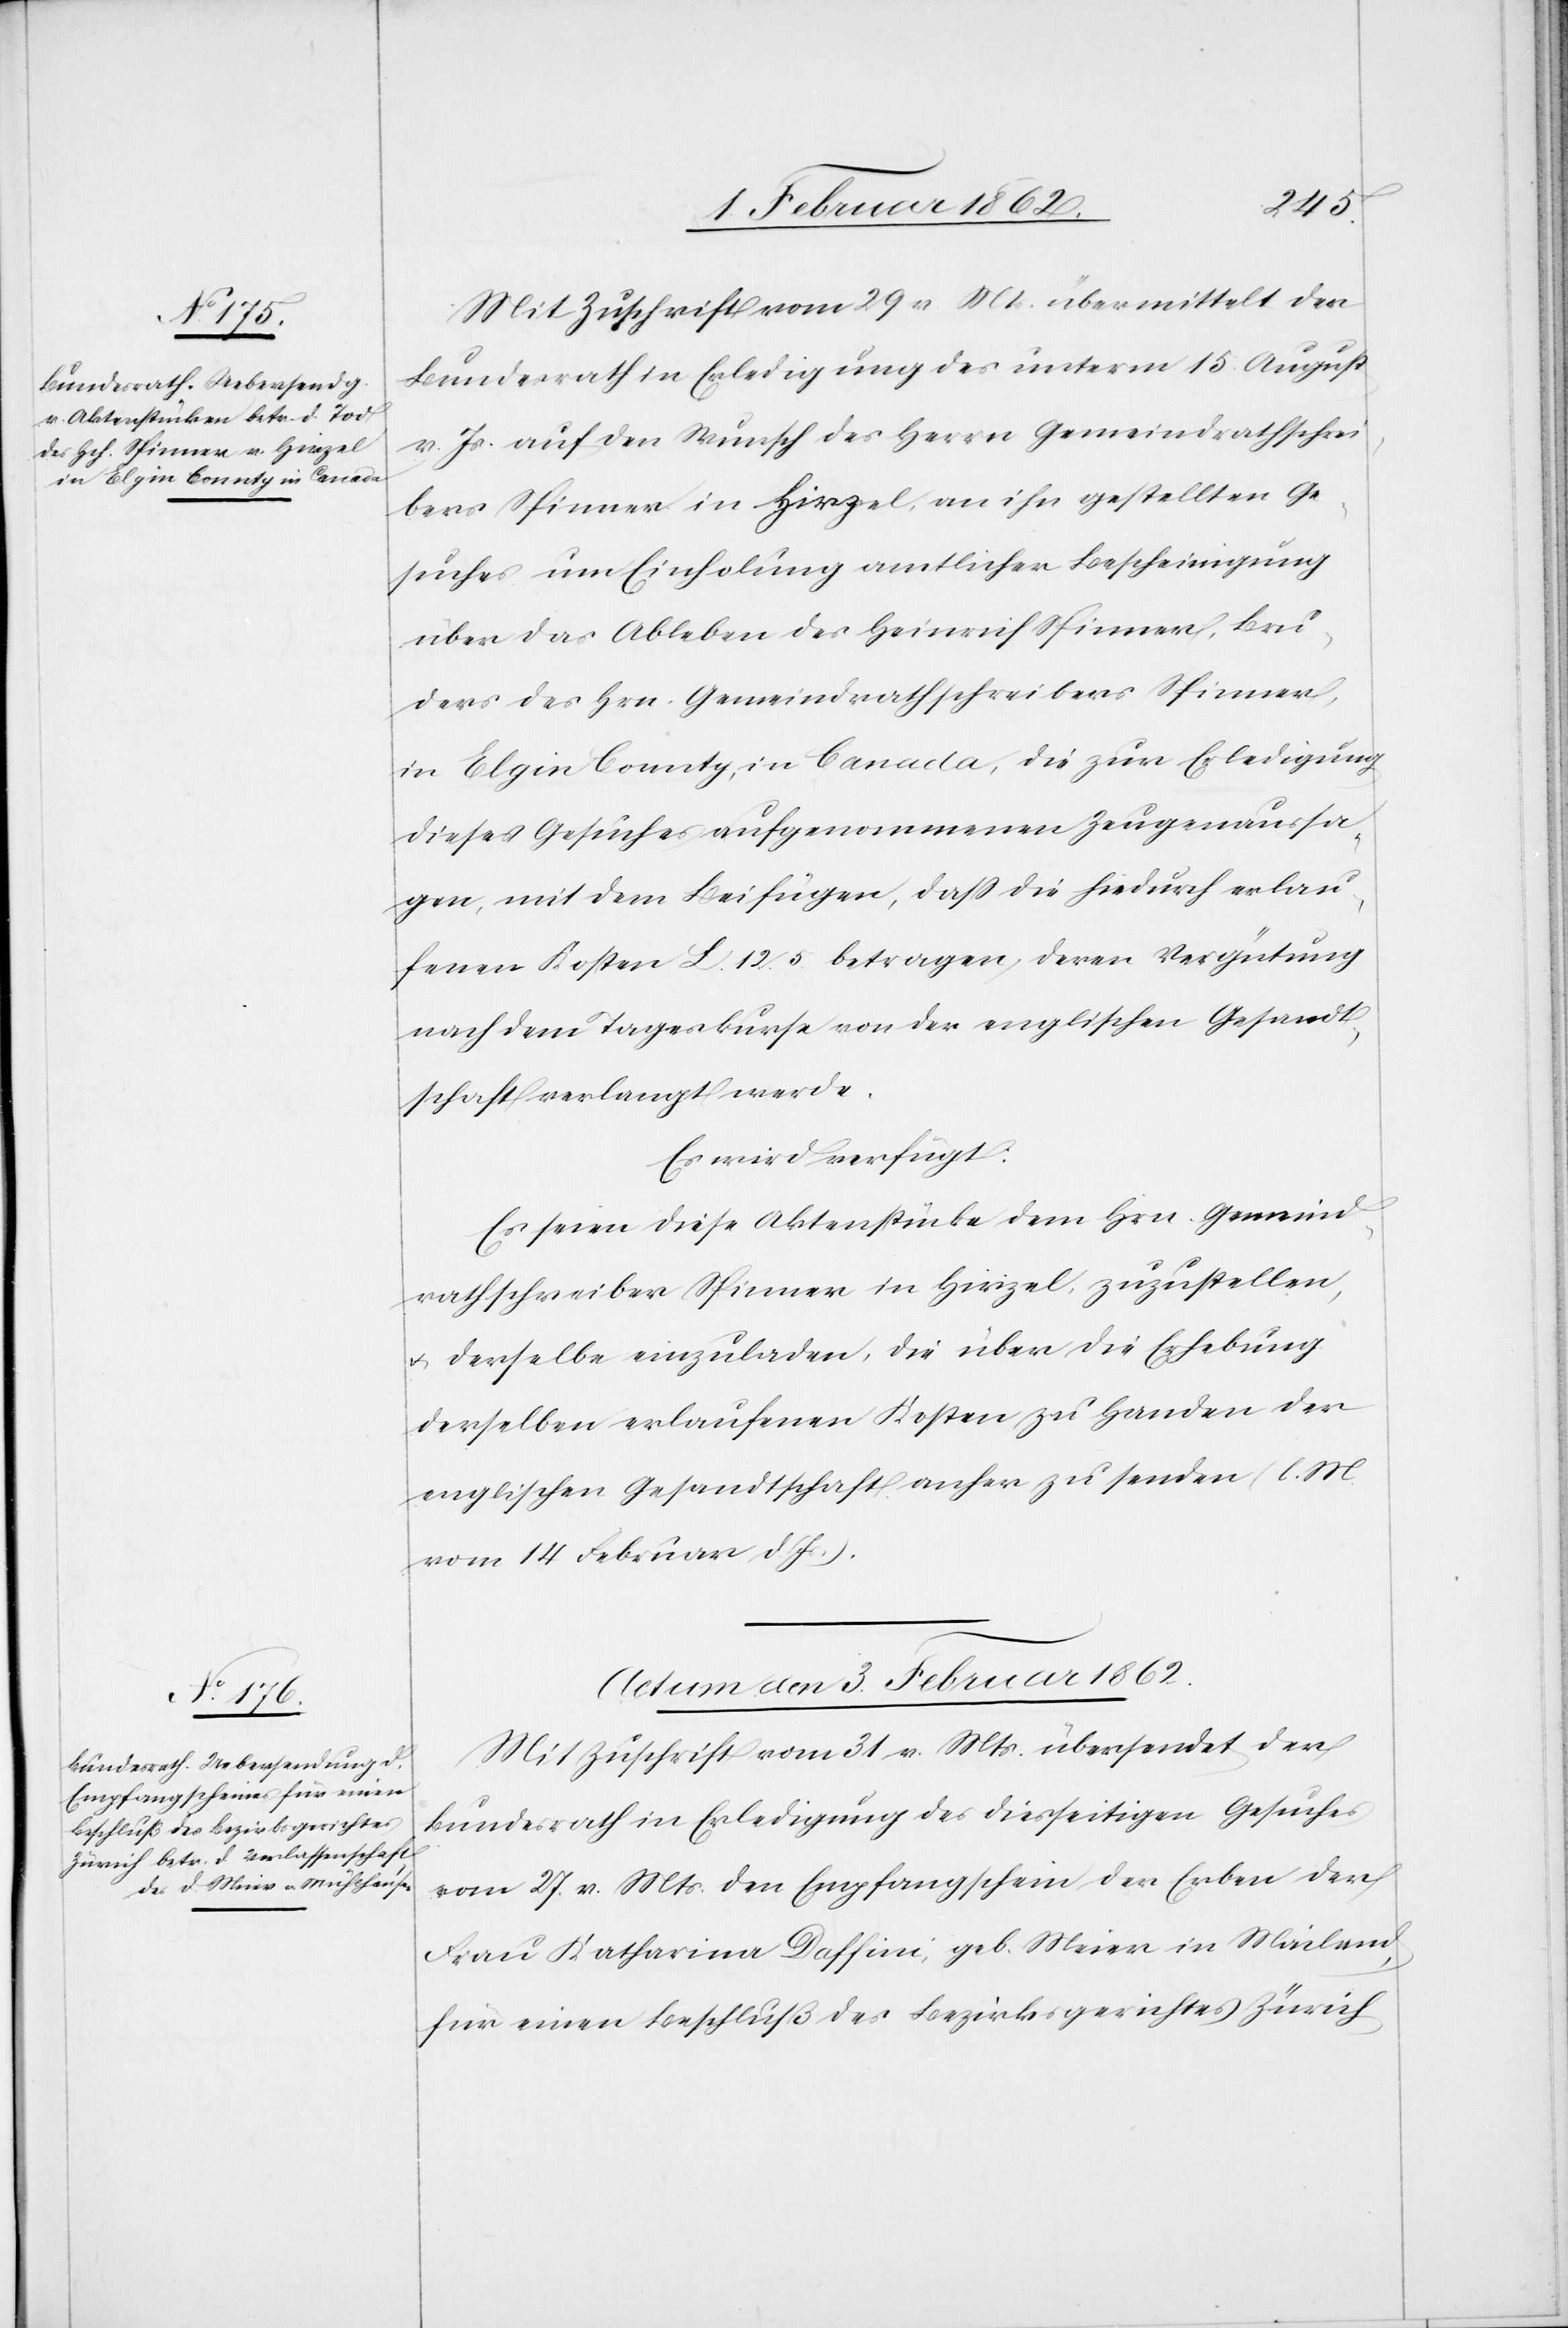
Mit Zuschrift vom 29 v Mts. übermittelt der
Bundesrath in Erledigung des unterm 15. August
v. Js. auf den Wunsch des Herrn Gemeindrathschrei¬
bers Spinner in Hirzel, an ihn gestellten Ge¬
suches um Einholung amtlicher Bescheinigung
über das Ableben des Heinrich Spinner, Bru¬
ders des Hrn. Gemeindrathschreibers Spinner,
in Elgin County, Canada, die zur Erledigung
dieses Gesuches aufgenommenen Zeugenaussa¬
gen, mit dem Beifügen, daß die hiedurch erlau¬
fenen Kosten L. 12. 5. betragen, deren Vergütung
nach dem Tageskurse von der englischen Gesandt¬
schaft verlangt werde.
Es wird verfügt:
Es seien diese Aktenstücke dem Hrn. Gemeind¬
rathschreiber Spinner in Hirzel zuzustellen,
u. derselbe einzuladen, die über die Erhebung
derselben erlaufenen Kosten zu Handen der
englischen Gesandtschaft anher zu senden (l. M.
vom 14 Februar d Js.).
Actum den 3. Februar 1862.
Mit Zuschrift vom 31 v. Mts. übersendet der
Bundesrath in Erledigung des diesseitigen Gesuches
vom 27. v. Mts. den Empfangschein der Erben der
Frau Katharina Daffini, geb. Meier in Mailand,
für einen Beschluß des Bezirksgerichtes Zürich